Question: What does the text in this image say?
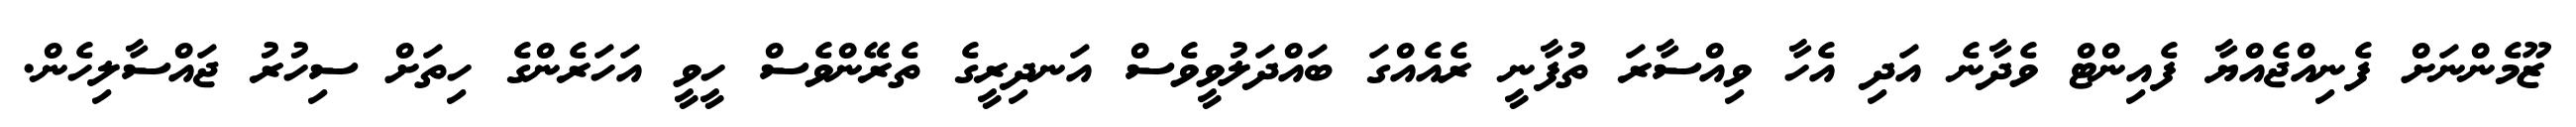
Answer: ޒޫމެންނަށް ފެނިއްޖެއްޔާ ފެއިންޓް ވެދާނެ އަދި އެހާ ވިއްސާރަ ތުފާނީ ރެއެއްގަ ބައްދަލުވީވެސް އަނދިރީގެ ތެރޭންވެސް ހީވީ އަހަރެންގެ ހިތަށް ސިހުރު ޖައްސާލިހެން.